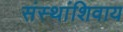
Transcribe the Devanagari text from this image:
संस्थांशिवाय